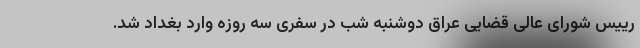
رییس شورای عالی قضایی عراق دوشنبه شب در سفری سه روزه وارد بغداد شد.